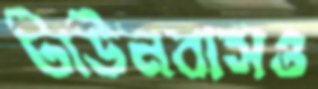
টাউনবাসও